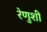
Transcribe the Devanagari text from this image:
रेणुशी